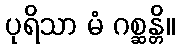
ပုရိသာ မံ ဂစ္ဆန္တိ။